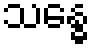
သန္ဓေ